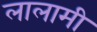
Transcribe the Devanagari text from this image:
लालामी